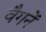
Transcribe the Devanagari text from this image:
वैगनें